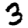
Digit: 3